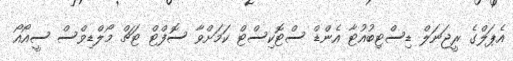
އެޕަލްގެ ރީޖަނަލް ޑިސްޓިބުއުޓާ އެންޑް ސްޓޮކިސްޓް ކަމަށްވާ ސޮފްޓް ޓަޗް މޯލްޑިވްސް ސީއޯއޯ